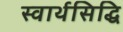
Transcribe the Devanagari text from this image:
स्वार्थसिद्धि